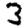
Digit: 3